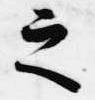
之